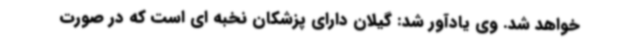
خواهد شد. وی یادآور شد: گیلان دارای پزشکان نخبه ای است که در صورت